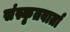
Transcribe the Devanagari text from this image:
संस्कृतवार्ता